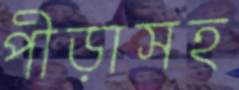
পীড়াসহ